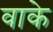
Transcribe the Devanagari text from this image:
वाके